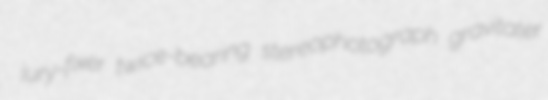
jury-fixer twice-bearing stereophotograph gravitater